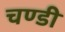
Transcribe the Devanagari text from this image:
चण्‍डी